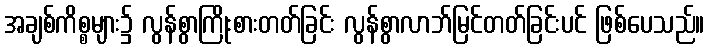
အချစ်ကိစ္စများ၌ လွန်စွာကြိုးစားတတ်ခြင်း လွန်စွာလာဘ်မြင်တတ်ခြင်းပင် ဖြစ်ပေသည်။